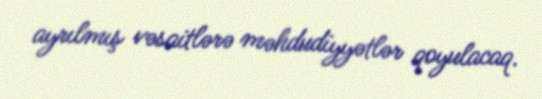
ayrılmış vəsaitlərə məhdudiyyətlər qoyulacaq.